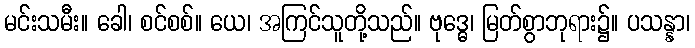
မင်းသမီး။ ခေါ၊ စင်စစ်။ ယေ၊ အကြင်သူတို့သည်။ ဗုဒ္ဓေ၊ မြတ်စွာဘုရား၌။ ပသန္နာ၊